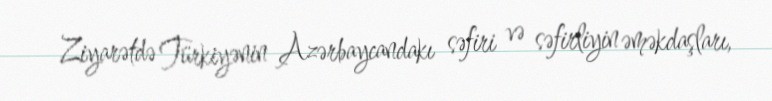
Ziyarətdə Türkiyənin Azərbaycandakı səfiri və səfirliyin əməkdaşları,